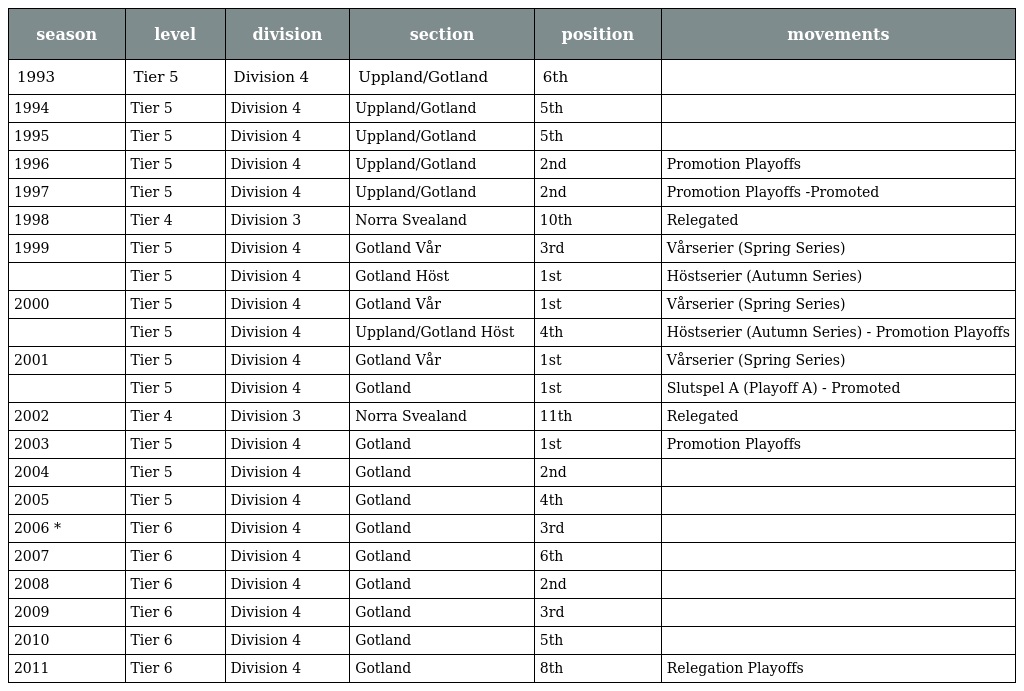
| season | level | division | section | position | movements |
 | --- | --- | --- | --- | --- | --- |
 | 1993 | Tier 5 | Division 4 | Uppland/Gotland | 6th |  |
 | 1994 | Tier 5 | Division 4 | Uppland/Gotland | 5th |  |
 | 1995 | Tier 5 | Division 4 | Uppland/Gotland | 5th |  |
 | 1996 | Tier 5 | Division 4 | Uppland/Gotland | 2nd | Promotion Playoffs |
 | 1997 | Tier 5 | Division 4 | Uppland/Gotland | 2nd | Promotion Playoffs -Promoted |
 | 1998 | Tier 4 | Division 3 | Norra Svealand | 10th | Relegated |
 | 1999 | Tier 5 | Division 4 | Gotland Vår | 3rd | Vårserier (Spring Series) |
 |  | Tier 5 | Division 4 | Gotland Höst | 1st | Höstserier (Autumn Series) |
 | 2000 | Tier 5 | Division 4 | Gotland Vår | 1st | Vårserier (Spring Series) |
 |  | Tier 5 | Division 4 | Uppland/Gotland Höst | 4th | Höstserier (Autumn Series) - Promotion Playoffs |
 | 2001 | Tier 5 | Division 4 | Gotland Vår | 1st | Vårserier (Spring Series) |
 |  | Tier 5 | Division 4 | Gotland | 1st | Slutspel A (Playoff A) - Promoted |
 | 2002 | Tier 4 | Division 3 | Norra Svealand | 11th | Relegated |
 | 2003 | Tier 5 | Division 4 | Gotland | 1st | Promotion Playoffs |
 | 2004 | Tier 5 | Division 4 | Gotland | 2nd |  |
 | 2005 | Tier 5 | Division 4 | Gotland | 4th |  |
 | 2006 * | Tier 6 | Division 4 | Gotland | 3rd |  |
 | 2007 | Tier 6 | Division 4 | Gotland | 6th |  |
 | 2008 | Tier 6 | Division 4 | Gotland | 2nd |  |
 | 2009 | Tier 6 | Division 4 | Gotland | 3rd |  |
 | 2010 | Tier 6 | Division 4 | Gotland | 5th |  |
 | 2011 | Tier 6 | Division 4 | Gotland | 8th | Relegation Playoffs |